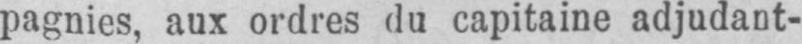
pagnies, aux ordres du capitaine adjudant-